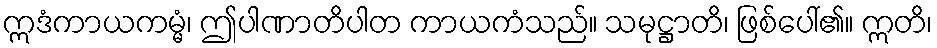
ဣဒံကာယကမ္မံ၊ ဤပါဏာတိပါတ ကာယကံသည်။ သမုဋ္ဌာတိ၊ ဖြစ်ပေါ်၏။ ဣတိ၊